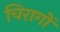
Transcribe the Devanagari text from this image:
चिरागों